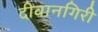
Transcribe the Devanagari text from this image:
दीवानगिरी